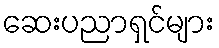
ဆေးပညာရှင်များ